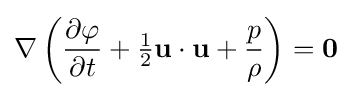
\mathbf {\nabla } \left({\frac {\partial \varphi }{\partial t}}+{\tfrac {1}{2}}\mathbf {u} \cdot \mathbf {u} +{\frac {p}{\rho }}\right)=\mathbf {0}